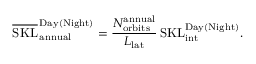
\overline { { \mathrm { S K L } } } _ { \, \mathrm { a n n u a l } } ^ { \, \mathrm { D a y ( N i g h t ) } } = \frac { N _ { \mathrm { o r b i t s } } ^ { \mathrm { a n n u a l } } } { L _ { \mathrm { l a t } } } \, \mathrm { S K L } _ { \mathrm { i n t } } ^ { \mathrm { D a y ( N i g h t ) } } .